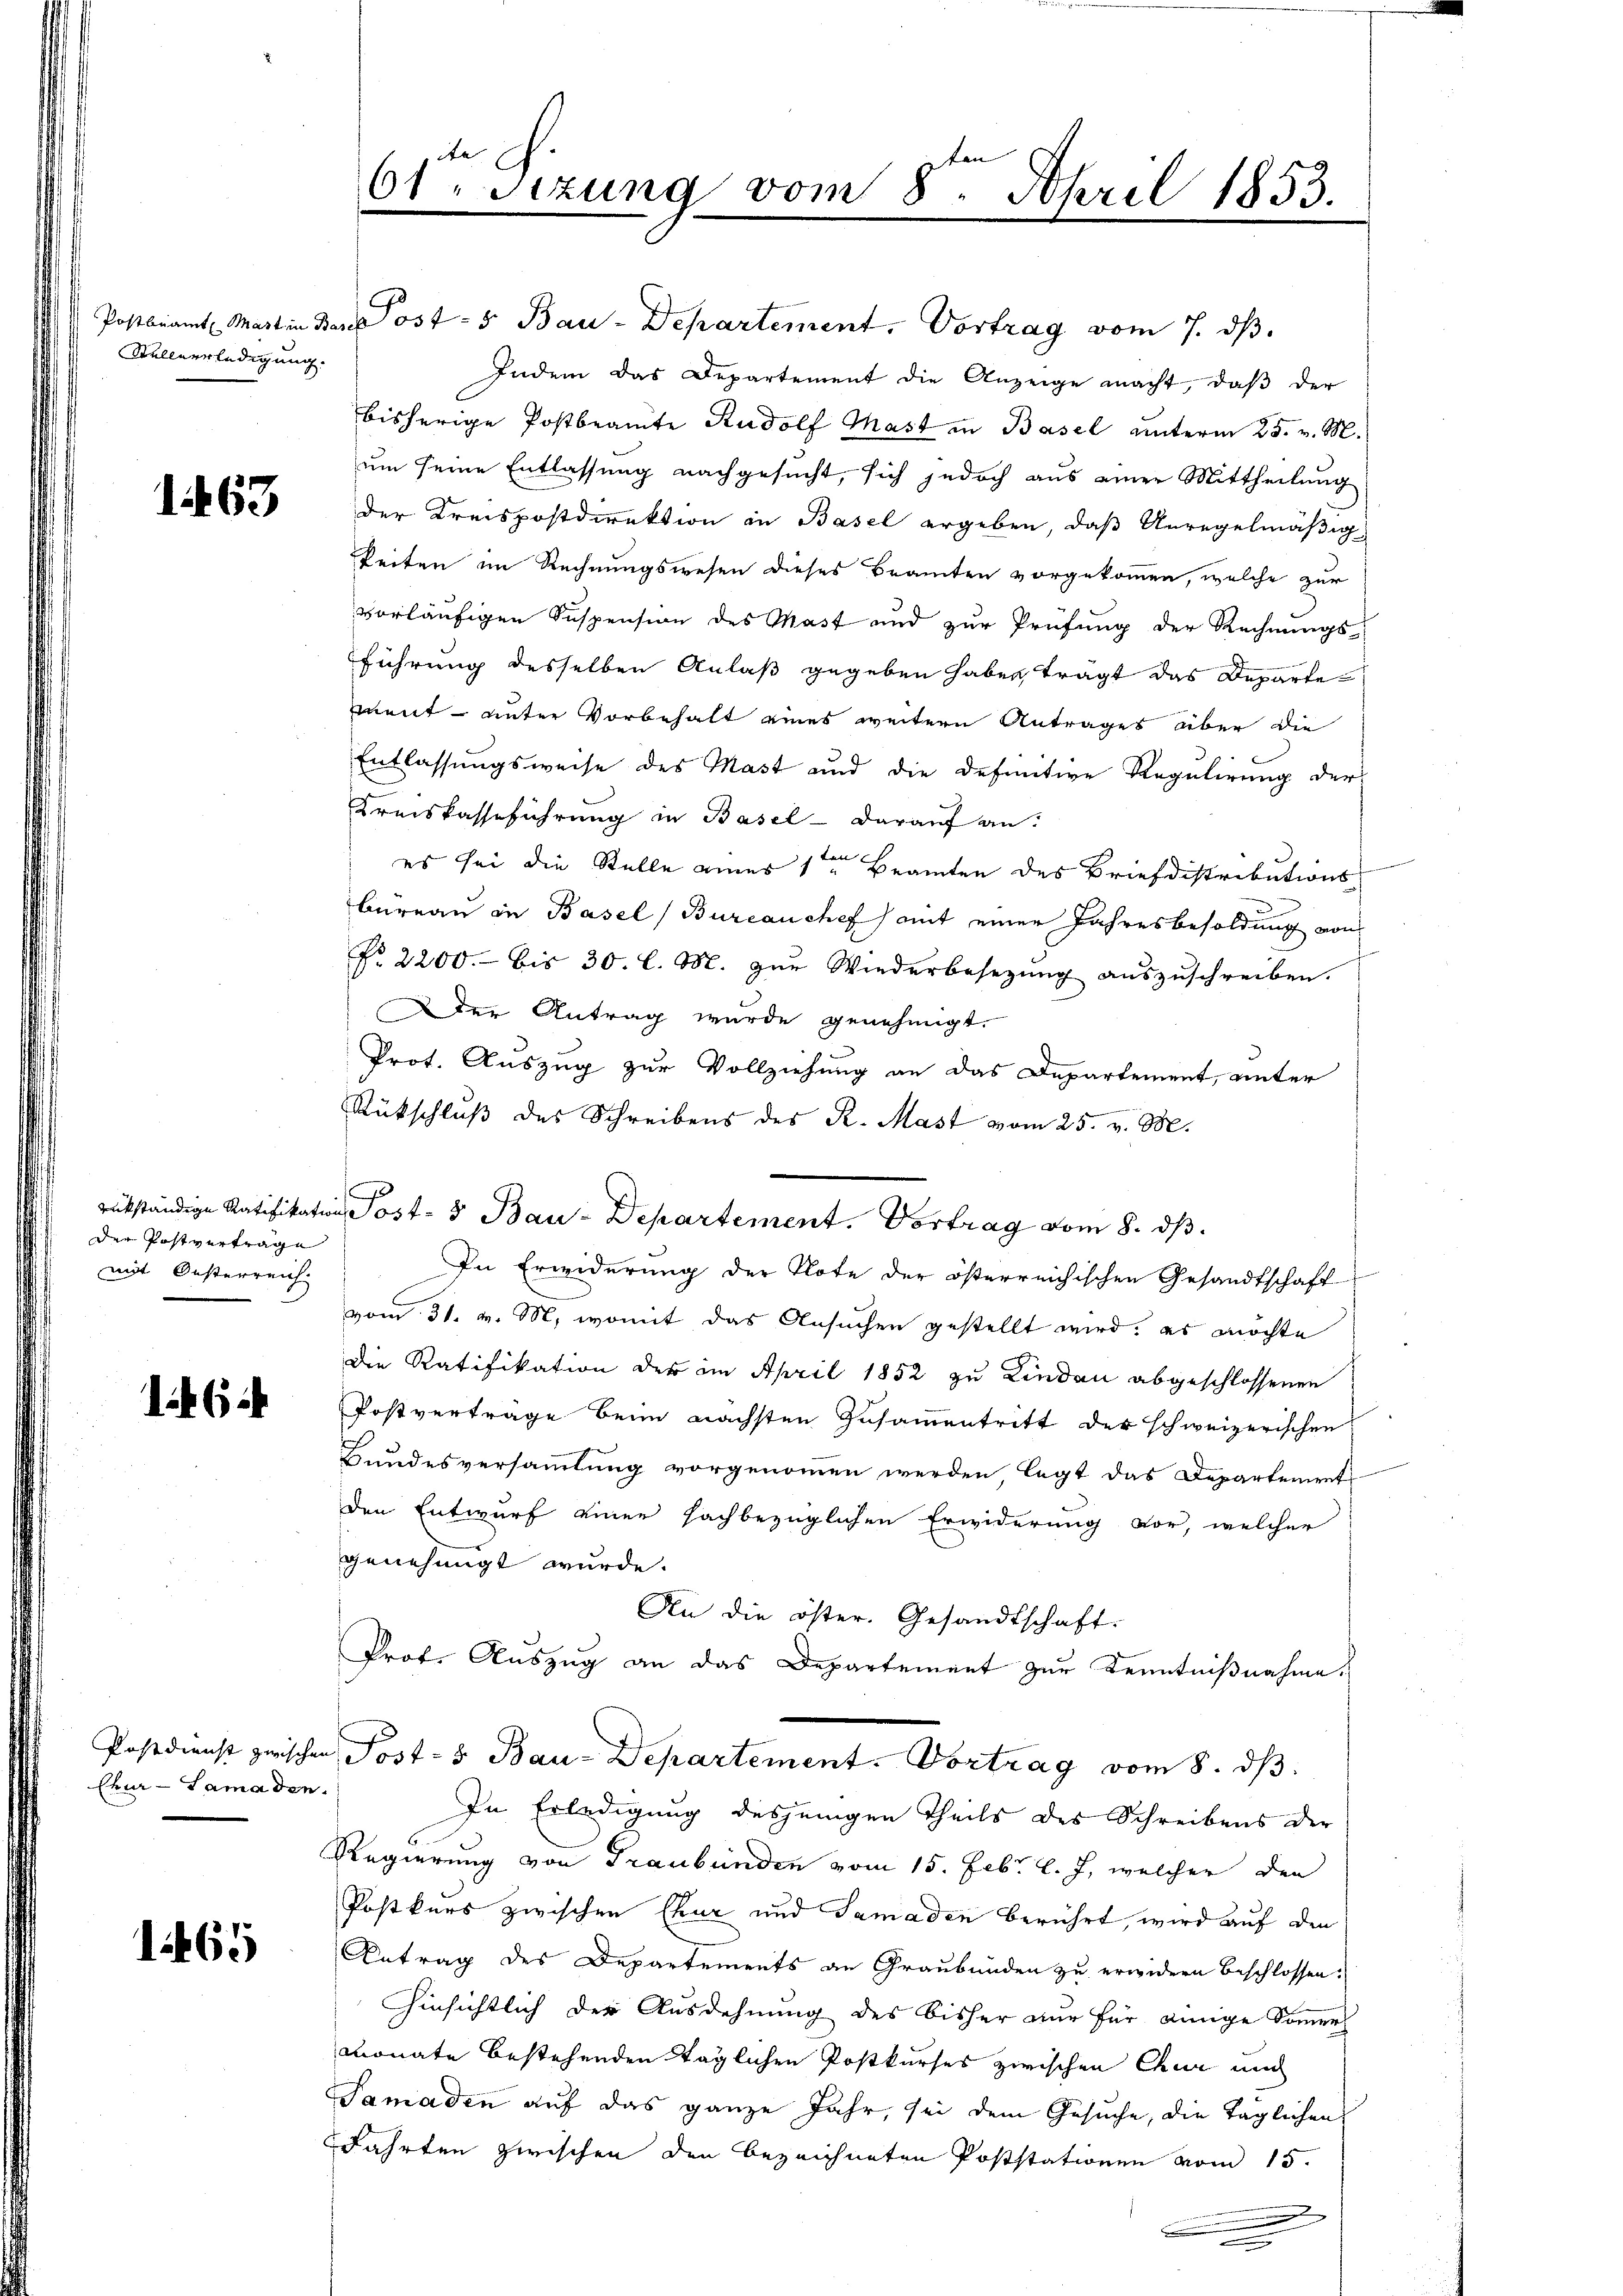
Sellnerledigung.

1463

der Postvertrage
mit Oesterreich

1464

Chur - Samaden.

1465

61 Sizung vom 8. April 1853.

Postbeamt Martin der Post- & Bau-Departement. Vortrag vom 7. ds.
Indem das Departement die Anzeige macht, daß der
bisherige Postbeamte Rudolf Mast in Basel unterm 25. v. M.
um seine Entlassung nachgesucht, sich jedoch aus einer Mittheilung
der Kreispostdirektion in Basel ergeben, daß Unregelmäßig
keiten im Rechnungswesen dieses Beamten vorgekommen, welche zur
vorläufigen Suspension des Mast und zur Prüfung der Rechnungs-
führung desselben Anlaß gegeben haben, trägt das Departen
ment unter Vorbehalt eines weitern Antrages über die
Entlassungsweise des Mast und die definitive Regulirung der
Kreiskasseführung in Basel - darauf an:
es sei die Stelle eines 1ten Beamten des Briefdistributions
bureau in Basel, Burcanchef mit einer Jahresbesoldung von
No. 2200.- bis 30. l. M. zur Wiederbesezung auszuschreiben.
der Antrag wurde genehmigt.
Prot. Auszug zur Vollziehung an das Departement, unter
Rückschluß des Schreibens des R. Mast vom 25. v. M.
rükständige Ratifikation ost- & Bau-Departement. Vortrag vom 8. ds.
In Erwiderung der Note der österreichischen Gesandtschaft
vom 31. v. M., womit das Ansuchen gestellt wird; es möchte
die Ratifikation der im April 1852 zu Kinden abgeschlossenen
Postverträge beim nächsten Zusammentritt der schweizerischen
Bundesversammlung vorgenommen werden legt das Departement
den Entwurf einer sachbezüglichen Erwiderung vor, welcher
genehmigt wurde.
An die öster. Gesandtschaft.
Prof. Auszug an das Departement zur Kenntnißnahme.
Postdienst zwischen Post- & Bau-Departement. Vortrag vom 8. ds.
In Erledigung desjenigen Theils des Schreibens der
Regierung von Graubünden vom 15. Febr. l. J., welcher den
Postkurs zwischen Chur und Samaden berührt, wird auf den
Antrag des Departements an Graubünden zu erwidern beschlossen.
Hinsichtlich der Ausdehnung des bisher nur für einige Sommer
Monate bestehenden täglichen Postkurses zwischen Chur und
Samaden auf das ganze Jahr, sei dem Gesuche, die Taglichen
Fahrten zwischen den bezeichneten Poststationen vom 15.
g
.

.